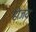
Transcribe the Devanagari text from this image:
होजय